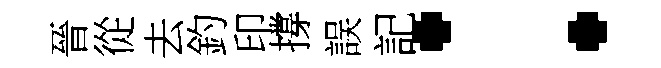
晉從去釣印撐誤記：